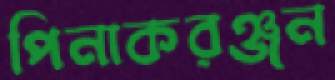
পিনাকরঞ্জন